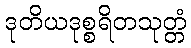
ဒုတိယဒုစ္စရိတသုတ္တံ